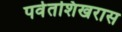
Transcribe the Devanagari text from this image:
पर्वतशिखरास